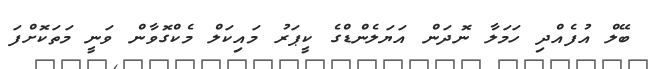
ބޭލް އުފެއްދި ހަމަލާ ނޮދަން އަޔަލެންޑްގެ ކީޕަރު މައިކަލް މެކްގޮވާން ވަނީ މަތަކޮށްފަ